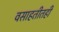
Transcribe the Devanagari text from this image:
वसाहतीतही